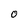
Character: O